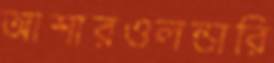
আশারওলন্ডারি